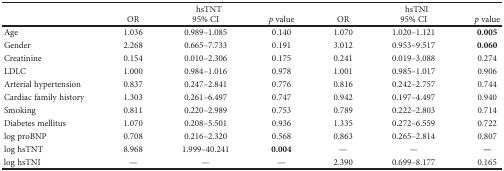
<table><thead><tr><td rowspan="2"></td><td colspan="3"><b>hsTNT</b></td><td colspan="3"><b>hsTNI</b></td></tr><tr><td><b>OR</b></td><td><b>95% CI</b></td><td><b><i>p</i> value</b></td><td><b>OR</b></td><td><b>95% CI</b></td><td><b><i>p</i> value</b></td></tr></thead><tbody><tr><td>Age</td><td>1.036</td><td>0.989–1.085</td><td>0.140</td><td>1.070</td><td>1.020–1.121</td><td><b>0.005</b></td></tr><tr><td>Gender</td><td>2.268</td><td>0.665–7.733</td><td>0.191</td><td>3.012</td><td>0.953–9.517</td><td><b>0.060</b></td></tr><tr><td>Creatinine</td><td>0.154</td><td>0.010–2.306</td><td>0.175</td><td>0.241</td><td>0.019–3.088</td><td>0.274</td></tr><tr><td>LDLC</td><td>1.000</td><td>0.984–1.016</td><td>0.978</td><td>1.001</td><td>0.985–1.017</td><td>0.906</td></tr><tr><td>Arterial hypertension</td><td>0.837</td><td>0.247–2.841</td><td>0.776</td><td>0.816</td><td>0.242–2.757</td><td>0.744</td></tr><tr><td>Cardiac family history</td><td>1.303</td><td>0.261–6.497</td><td>0.747</td><td>0.942</td><td>0.197–4.497</td><td>0.940</td></tr><tr><td>Smoking</td><td>0.811</td><td>0.220–2.989</td><td>0.753</td><td>0.789</td><td>0.222–2.803</td><td>0.714</td></tr><tr><td>Diabetes mellitus</td><td>1.070</td><td>0.208–5.501</td><td>0.936</td><td>1.335</td><td>0.272–6.559</td><td>0.722</td></tr><tr><td>log proBNP</td><td>0.708</td><td>0.216–2.320</td><td>0.568</td><td>0.863</td><td>0.265–2.814</td><td>0.807</td></tr><tr><td>log hsTNT</td><td>8.968</td><td>1.999–40.241</td><td><b>0.004</b></td><td>—</td><td>—</td><td><b>—</b></td></tr><tr><td>log hsTNI</td><td>—</td><td>—</td><td>—</td><td>2.390</td><td>0.699–8.177</td><td>0.165</td></tr></tbody></table>